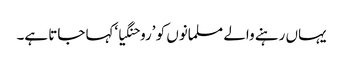
یہاں رہنے والے مسلمانوں کو ’روحنگیا‘کہا جاتا ہے۔